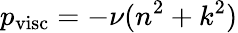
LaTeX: p_{\mathrm{visc}}=-\nu(n^{2}+k^{2})